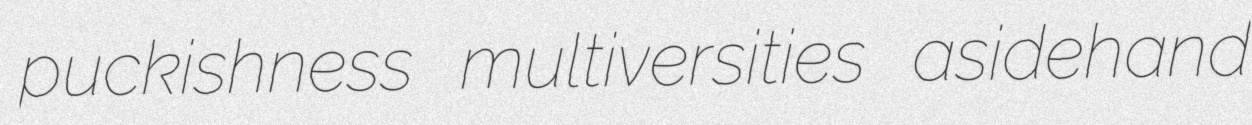
puckishness multiversities asidehand